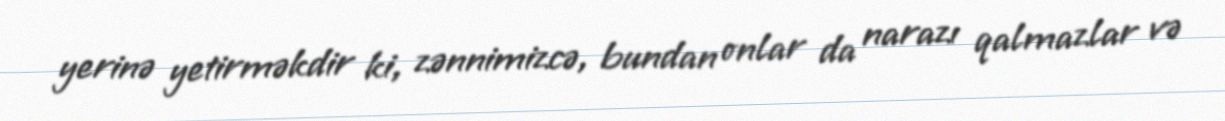
yerinə yetirməkdir ki, zənnimizcə, bundan onlar da narazı qalmazlar və